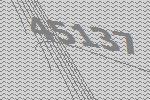
45137